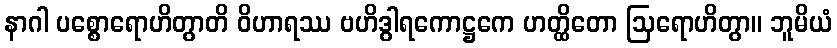
နာဂါ ပစ္စောရောဟိတွာတိ ဝိဟာရဿ ဗဟိဒွါရကောဋ္ဌကေ ဟတ္ထိတော ဩရောဟိတွာ။ ဘူမိယံ